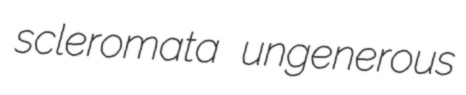
scleromata ungenerous